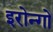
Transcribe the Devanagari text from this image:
इरोन्गो